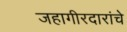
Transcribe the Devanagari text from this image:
जहागीरदारांचे